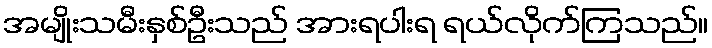
အမျိုးသမီးနှစ်ဦးသည် အားရပါးရ ရယ်လိုက်ကြသည်။